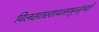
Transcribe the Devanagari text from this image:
विलसतस्तावत्समुज्जृंभते